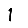
Digit: 1